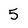
Character: 5